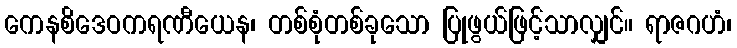
ကေနစိဒေဝကရဏီယေန၊ တစ်စုံတစ်ခုသော ပြုဖွယ်ဖြင့်သာလျှင်။ ရာဇဂဟံ၊